Indian journal of veterinary science and animal husbandry - Volumes 15-17, 1948-1951
Year: 1948
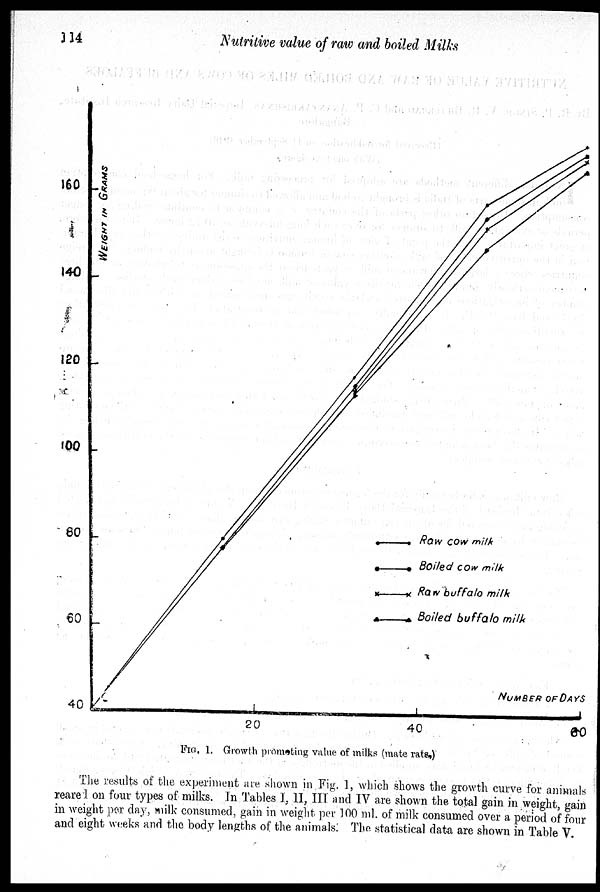
114
Nutritive value of raw and boiled Milks
FIG. 1. Growth promoting value of milks (mate rats,)
The results of the experiment are shown in Fig. 1, which shows the growth curve for animals
reared on four types of milks. In Tables I, II, III and IV are shown the total gain in weight, gain
in weight per day, milk consumed, gain in weight per 100 ml. of milk consumed over a period of four
and eight weeks and the body lengths of the animals. The statistical data are shown in Table V.